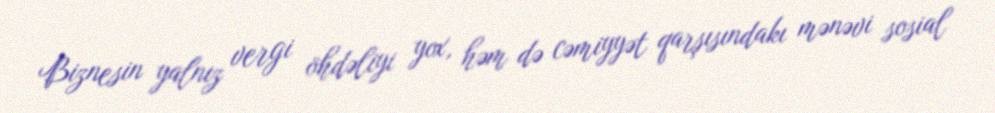
Biznesin yalnız vergi öhdəliyi yox, həm də cəmiyyət qarşısındakı mənəvi sosial